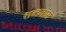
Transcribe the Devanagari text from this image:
शब्दनाम